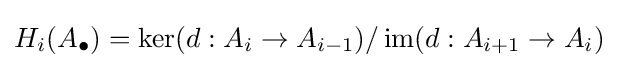
H_{i}(A_{\bullet })=\operatorname {ker} (d:A_{i}\to A_{i-1})/\operatorname {im} (d:A_{i+1}\to A_{i})